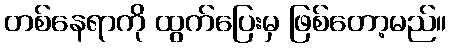
တစ်နေရာကို ထွက်ပြေးမှ ဖြစ်တော့မည်။